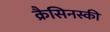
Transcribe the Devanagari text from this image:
क्रैसिनस्की